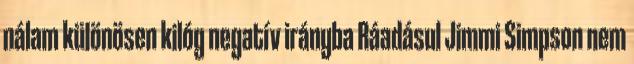
nálam különösen kilóg negatív irányba Ráadásul Jimmi Simpson nem